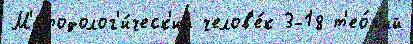
М'етодолог'и́ческ'ий челов'е́к 3-18 т'ео́р'ий